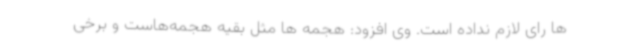
ها رای لازم نداده است. وی افزود: هجمه ها مثل بقیه هجمه‌هاست و برخی